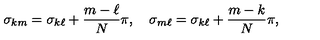
\sigma _ { k m } = \sigma _ { k \ell } + { \frac { m - \ell } { N } } \pi , \quad \sigma _ { m \ell } = \sigma _ { k \ell } + { \frac { m - k } { N } } \pi ,